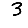
Digit: 3